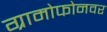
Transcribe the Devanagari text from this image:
ग्रामोफोनवर